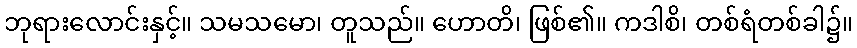
ဘုရားလောင်းနှင့်။ သမသမော၊ တူသည်။ ဟောတိ၊ ဖြစ်၏။ ကဒါစိ၊ တစ်ရံတစ်ခါ၌။